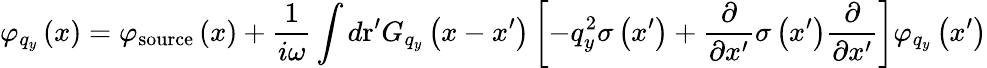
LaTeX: {{\varphi}_{{{q}_{y}}}}\left(x\right)={{\varphi}_{\mathrm{source}}}\left(x\right)+\frac{1}{i\omega}\int{d\mathrm{{r}^{\prime}}{{G}_{{{q}_{y}}}}\left(x-{x}^{\prime}\right)\left[-q_{y}^{2}\sigma\left({{x}^{\prime}}\right)+\frac{\partial}{\partial{x}^{\prime}}\sigma\left({{x}^{\prime}}\right)\frac{\partial}{\partial{x}^{\prime}}\right]{{\varphi}_{{{q}_{y}}}}\left({{x}^{\prime}}\right)}